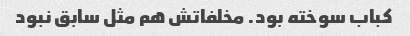
کباب سوخته بود. مخلفاتش هم مثل سابق نبود